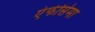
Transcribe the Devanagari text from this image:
एंफीसेमा